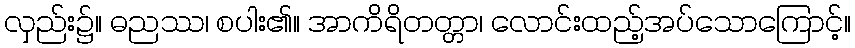
လှည်း၌။ ဓညဿ၊ စပါး၏။ အာကိရိတတ္တာ၊ လောင်းထည့်အပ်သောကြောင့်။